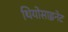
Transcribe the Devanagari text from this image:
थियोसाइनेट